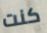
كنت